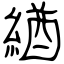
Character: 緧